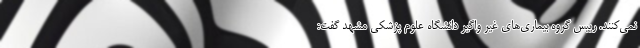
نمی‌کنند. رییس گروه بیماری‌های غیر واگیر دانشگاه علوم پزشکی مشهد گفت: